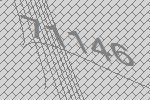
71146